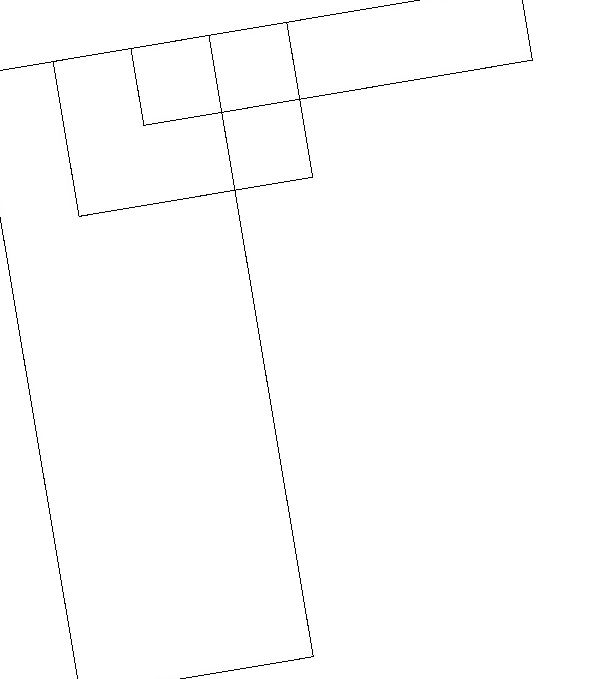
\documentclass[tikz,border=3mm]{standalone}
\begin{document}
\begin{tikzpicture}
\draw (2,10) rectangle (5,18);
\draw (9,17) rectangle (4,18);
\draw (3,18) rectangle (6,16);
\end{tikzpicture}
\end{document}